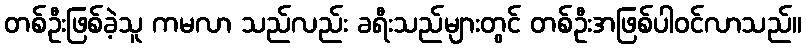
တစ်ဦးဖြစ်ခဲ့သူ ကမလာ သည်လည်း ခရီးသည်များတွင် တစ်ဦးအဖြစ်ပါဝင်လာသည်။